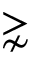
\gnsim